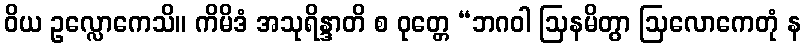
ဝိယ ဥလ္လောကေသိ။ ကိမိဒံ အသုရိန္ဒာတိ စ ဝုတ္တေ “ဘဂဝါ ဩနမိတွာ ဩလောကေတုံ န